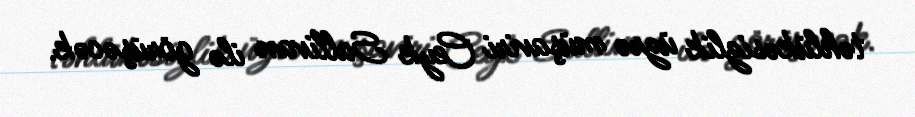
təhlükəsizlik üzrə müşaviri Ceyk Sallivan ilə görüşəcək.